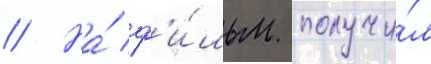
// На́ ф'и́льм получи́л